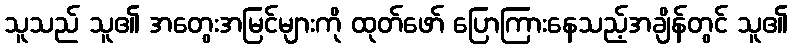
သူသည် သူ၏ အတွေးအမြင်များကို ထုတ်ဖော် ပြောကြားနေသည့်အချိန်တွင် သူ၏